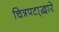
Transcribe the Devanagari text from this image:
चित्रपटा्द्वारे